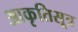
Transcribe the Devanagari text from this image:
आकृतिसूत्र